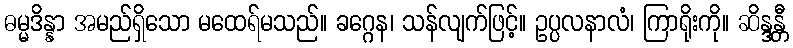
ဓမ္မဒိန္နာ အမည်ရှိသော မထေရ်မသည်။ ခဂ္ဂေန၊ သန်လျက်ဖြင့်။ ဥပ္ပလနာလံ၊ ကြာရိုးကို။ ဆိန္ဒန္တီ